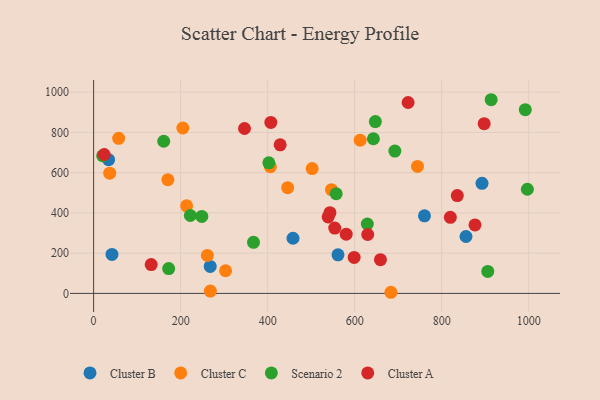
{"axis": {"x": "Investment", "y": "Exam Score"}, "legend": ["Cluster A", "Cluster B", "Cluster C", "Scenario 2"], "data": [{"x": "561.7", "y": 191.9, "type": "Cluster B"}, {"x": "42.2", "y": 193.5, "type": "Cluster B"}, {"x": "892.7", "y": 547.0, "type": "Cluster B"}, {"x": "855.9", "y": 282.9, "type": "Cluster B"}, {"x": "268.0", "y": 134.0, "type": "Cluster B"}, {"x": "34.4", "y": 664.6, "type": "Cluster B"}, {"x": "458.3", "y": 274.2, "type": "Cluster B"}, {"x": "760.5", "y": 385.6, "type": "Cluster B"}, {"x": "546.7", "y": 515.7, "type": "Cluster C"}, {"x": "205.1", "y": 822.1, "type": "Cluster C"}, {"x": "612.7", "y": 761.5, "type": "Cluster C"}, {"x": "37.0", "y": 597.3, "type": "Cluster C"}, {"x": "303.3", "y": 112.6, "type": "Cluster C"}, {"x": "57.6", "y": 770.8, "type": "Cluster C"}, {"x": "261.4", "y": 188.5, "type": "Cluster C"}, {"x": "170.7", "y": 565.4, "type": "Cluster C"}, {"x": "446.0", "y": 525.2, "type": "Cluster C"}, {"x": "406.2", "y": 629.7, "type": "Cluster C"}, {"x": "683.3", "y": 5.6, "type": "Cluster C"}, {"x": "268.3", "y": 11.5, "type": "Cluster C"}, {"x": "744.4", "y": 630.9, "type": "Cluster C"}, {"x": "502.3", "y": 620.4, "type": "Cluster C"}, {"x": "213.7", "y": 435.2, "type": "Cluster C"}, {"x": "402.8", "y": 648.8, "type": "Scenario 2"}, {"x": "161.1", "y": 756.2, "type": "Scenario 2"}, {"x": "913.8", "y": 962.5, "type": "Scenario 2"}, {"x": "629.1", "y": 344.8, "type": "Scenario 2"}, {"x": "997.0", "y": 517.6, "type": "Scenario 2"}, {"x": "222.3", "y": 387.2, "type": "Scenario 2"}, {"x": "557.6", "y": 495.2, "type": "Scenario 2"}, {"x": "172.5", "y": 123.6, "type": "Scenario 2"}, {"x": "906.0", "y": 109.3, "type": "Scenario 2"}, {"x": "20.7", "y": 684.2, "type": "Scenario 2"}, {"x": "692.4", "y": 707.1, "type": "Scenario 2"}, {"x": "643.1", "y": 768.6, "type": "Scenario 2"}, {"x": "248.7", "y": 382.6, "type": "Scenario 2"}, {"x": "647.6", "y": 853.8, "type": "Scenario 2"}, {"x": "367.5", "y": 253.8, "type": "Scenario 2"}, {"x": "992.2", "y": 913.3, "type": "Scenario 2"}, {"x": "897.7", "y": 843.5, "type": "Cluster A"}, {"x": "554.2", "y": 324.7, "type": "Cluster A"}, {"x": "659.3", "y": 167.6, "type": "Cluster A"}, {"x": "722.9", "y": 948.7, "type": "Cluster A"}, {"x": "835.9", "y": 486.0, "type": "Cluster A"}, {"x": "132.3", "y": 143.1, "type": "Cluster A"}, {"x": "580.5", "y": 294.1, "type": "Cluster A"}, {"x": "543.2", "y": 401.4, "type": "Cluster A"}, {"x": "346.8", "y": 819.5, "type": "Cluster A"}, {"x": "876.6", "y": 340.2, "type": "Cluster A"}, {"x": "24.3", "y": 690.4, "type": "Cluster A"}, {"x": "407.3", "y": 849.5, "type": "Cluster A"}, {"x": "819.9", "y": 378.2, "type": "Cluster A"}, {"x": "428.8", "y": 738.6, "type": "Cluster A"}, {"x": "539.1", "y": 379.9, "type": "Cluster A"}, {"x": "598.8", "y": 178.9, "type": "Cluster A"}, {"x": "630.0", "y": 292.7, "type": "Cluster A"}]}